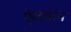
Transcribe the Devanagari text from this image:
ऐलवान